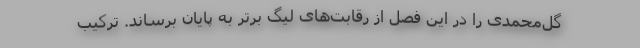
گل‌محمدی را در این فصل از رقابت‌های لیگ برتر به پایان برساند. ترکیب